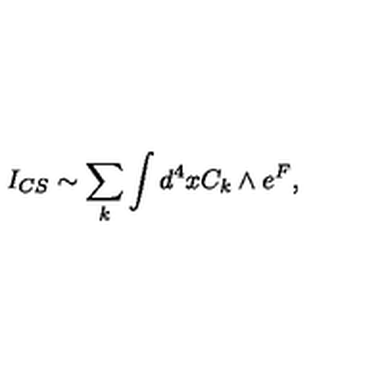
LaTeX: I _ { C S } \sim \sum _ { k } \int d ^ { 4 } x C _ { k } \wedge e ^ { F } ,